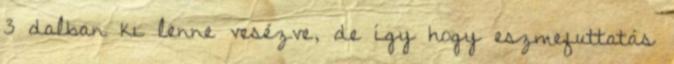
3 dalban ki lenne vesézve, de í­gy hogy eszmefuttatás